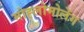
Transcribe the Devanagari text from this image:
मोह्लोमोलेंग